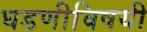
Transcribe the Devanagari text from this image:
घडणीविषयी